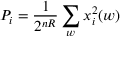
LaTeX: P _ { i } = { \frac { 1 } { 2 ^ { n R } } } \sum _ { w } x _ { i } ^ { 2 } ( w ) \,